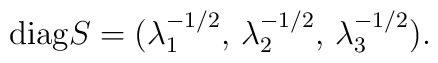
{\rm diag} S= (\lambda_1^{-1/2},\, \lambda_2^{-1/2},\,\lambda_3^{-1/2}).